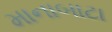
માનાબાટા